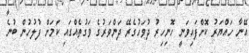
އޭނާ ހައްޔަރު ކޮށްފައިވަނީ ހޮނިހިރު ދުވަހުގެރޭ ދަންވަރުގެ ވަގުތެއްގައި ކަމަށް ފުލުހުން ބުނެ